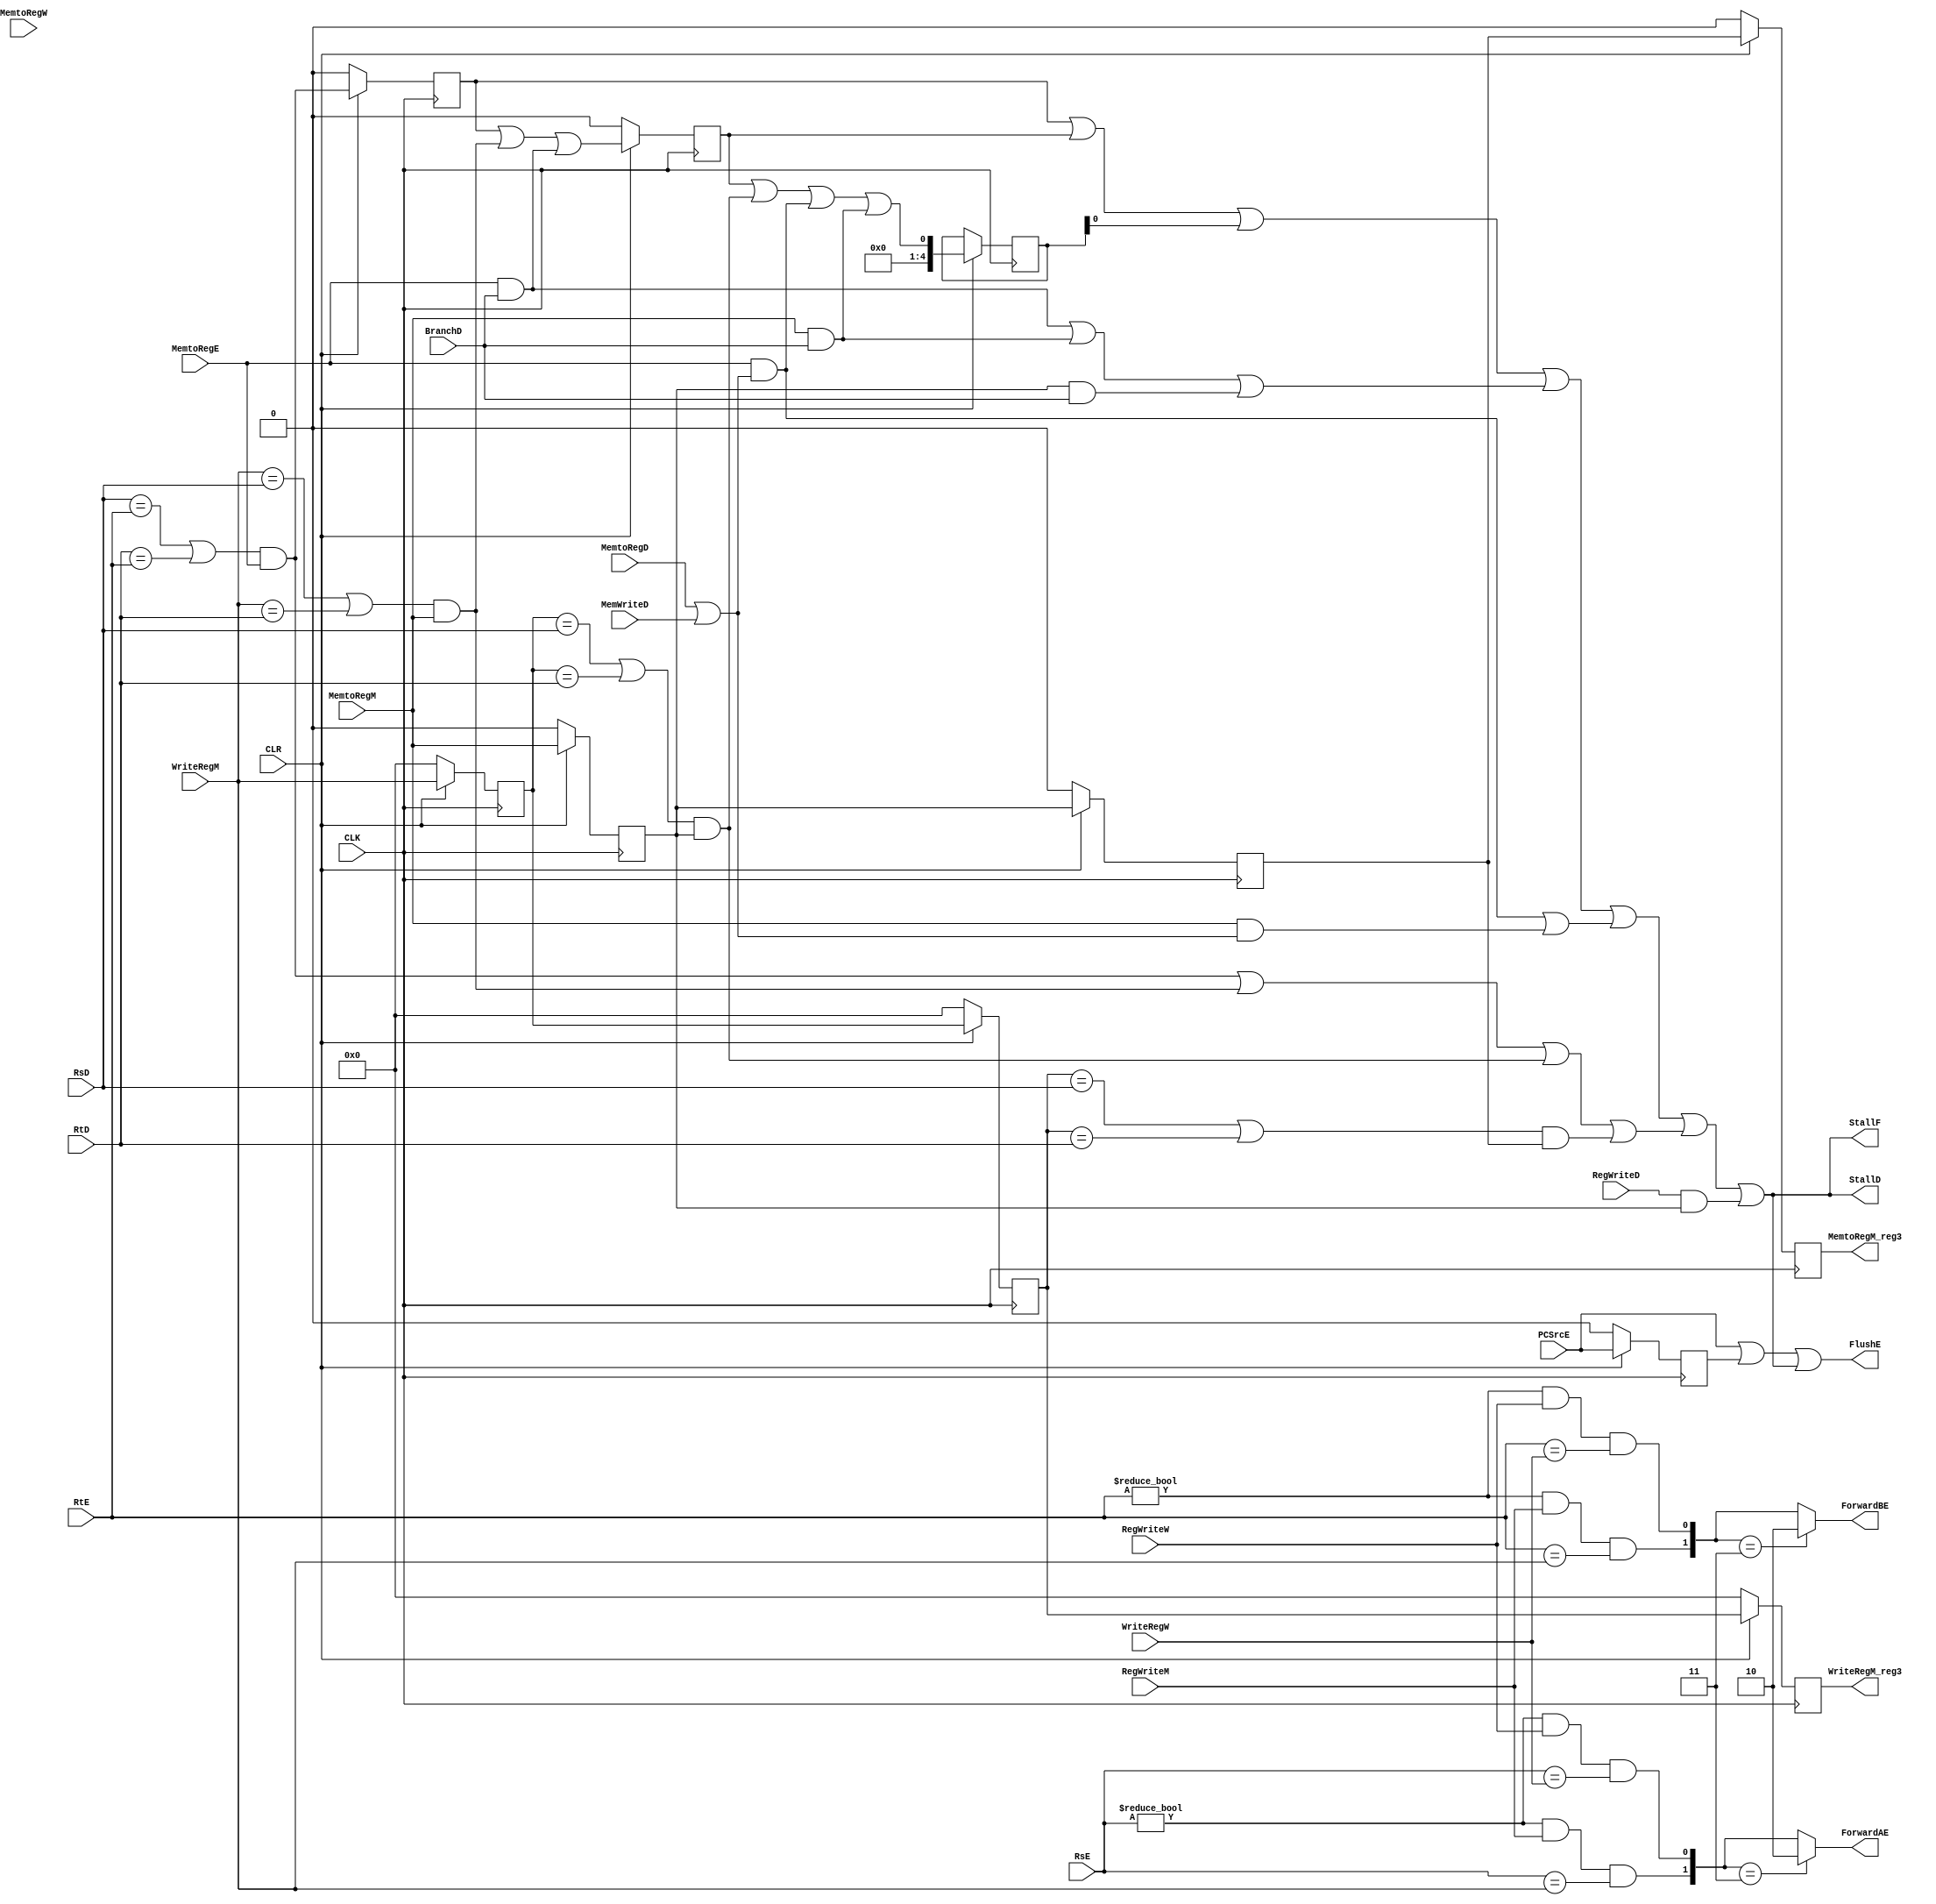
module Hazard_Unit(CLK,CLR,RsD,RtD,RsE,RtE,MemWriteD,BranchD,MemtoRegD,MemtoRegE,MemtoRegM,MemtoRegW,
                    RegWriteD,WriteRegM,RegWriteM,
                    RegWriteW,WriteRegW,PCSrcE,StallF,StallD,FlushE,ForwardAE,ForwardBE,
                    MemtoRegM_reg3,WriteRegM_reg3);

  input MemtoRegE,MemtoRegM,MemtoRegW,RegWriteM,RegWriteW,PCSrcE,CLK,CLR,RegWriteD,BranchD,MemtoRegD,MemWriteD;
  input [4:0] RsD,RtD,RsE,RtE,WriteRegM,WriteRegW;
  output StallF,StallD,FlushE;
  output reg MemtoRegM_reg3;
  output reg [4:0] WriteRegM_reg3;
  output [1:0] ForwardAE,ForwardBE;
  
  wire A1_forwardMtoE , A2_forwardMtoE , A1_forwardWtoE , A2_forwardWtoE , lwstall,lwstall_regs ,  lw_Br_stalls,
        lw_Br_stall1 , lw_Br_stall2 , lw_Br_stall3 , lw_MemOp_stalls , lw_MemOp_stall1  , lw_MemOp_stall2,
        lw_WBhazard_stall, lw_dependancy_stall1 , lw_dependancy_stall2 , lw_dependancy_stall3 , lw_dependancy_stall4
         , lw_dependancy_stalls;
  reg [4:0] WriteRegM_reg1,WriteRegM_reg2,lwstall_reg3;
  reg PCSrc_Reg,lwstall_reg1,lwstall_reg2,MemtoRegM_reg1,MemtoRegM_reg2;

  always@(posedge CLK)begin
    if( ~CLR ) begin
      PCSrc_Reg <= 1'b0;
      lwstall_reg1 <= 1'b0;
      lwstall_reg2 <= 1'b0;
      MemtoRegM_reg1 <= 1'b0;
      MemtoRegM_reg2 <= 1'b0;
      MemtoRegM_reg3 <= 1'b0;
      WriteRegM_reg1 <= 5'b0;
      WriteRegM_reg2 <= 5'b0;
      WriteRegM_reg3 <= 5'b0;
    end
    else begin
      PCSrc_Reg <= PCSrcE;
      lwstall_reg1 <= lw_dependancy_stall1;
      lwstall_reg2 <= lwstall_reg1 | lw_dependancy_stall2 | lw_Br_stall1;
      lwstall_reg3 <= lwstall_reg2 | lw_dependancy_stall3 | lw_MemOp_stall1 | lw_Br_stall2;
      MemtoRegM_reg1 <= MemtoRegM;
      MemtoRegM_reg2 <= MemtoRegM_reg1;
      MemtoRegM_reg3 <= MemtoRegM_reg2;
      WriteRegM_reg1 <= WriteRegM;
      WriteRegM_reg2 <= WriteRegM_reg1;
      WriteRegM_reg3 <= WriteRegM_reg2;
    end
  end
  /////////////////////////////////// Forwarding ////////////////////////////////////
  
  assign A1_forwardMtoE = ((RsE != 5'b0) & RegWriteM & (RsE == WriteRegM));
  assign A2_forwardMtoE = ((RtE != 5'b0) & RegWriteM & (RtE == WriteRegM));
  
  assign A1_forwardWtoE = (RsE != 5'b0) & RegWriteW & (RsE == WriteRegW);
  assign A2_forwardWtoE = (RtE != 5'b0) & RegWriteW & (RtE == WriteRegW);
  
  assign ForwardAE = ({A1_forwardMtoE,A1_forwardWtoE} == 2'b11)? 2'b10:{A1_forwardMtoE,A1_forwardWtoE};
  assign ForwardBE = ({A2_forwardMtoE,A2_forwardWtoE} == 2'b11)? 2'b10:{A2_forwardMtoE,A2_forwardWtoE};
  
  //////////////////////////////////// Stalling /////////////////////////////////////
  
  assign lw_dependancy_stall1 = ((RsD == RtE) | (RtD == RtE)) & MemtoRegE; // 1 stage distance - 4 stall
  assign lw_dependancy_stall2 = ((WriteRegM == RsD) | (WriteRegM == RtD)) & MemtoRegM; // 2 stage distance - 3 stall
  assign lw_dependancy_stall3 = ((WriteRegM_reg1 == RsD) | (WriteRegM_reg1 == RtD)) & MemtoRegM_reg1; // 2 stage distance + #1 clk memory - 2 stall
  assign lw_dependancy_stall4 = ((WriteRegM_reg2 == RsD) | (WriteRegM_reg2 == RtD)) & MemtoRegM_reg2; // 2 stage distance + #2 clk memory - 1 stall
  assign lw_dependancy_stalls = lw_dependancy_stall1 | lw_dependancy_stall2 | lw_dependancy_stall3 | lw_dependancy_stall4;
  
  assign lw_WBhazard_stall = RegWriteD & MemtoRegM_reg1;// 2 stage distance + #1 clk memory - 1 stall
  
  assign lw_MemOp_stall1 = MemtoRegE & ( MemtoRegD | MemWriteD );// 1 stage distance - 2 stall
  assign lw_MemOp_stall2 = MemtoRegM & ( MemtoRegD | MemWriteD );// 2 stage distance - 1 stall
  assign lw_MemOp_stalls = lw_MemOp_stall1 | lw_MemOp_stall2;
  
  assign lw_Br_stall1 = MemtoRegE & BranchD;// 1 stage distance - 3 stall
  assign lw_Br_stall2 = MemtoRegM & BranchD;// 2 stage distance - 2 stall
  assign lw_Br_stall3 = MemtoRegM_reg1 & BranchD;// 2 stage distance + #1 clk memory - 1 stall
  assign lw_Br_stalls = lw_Br_stall1 | lw_Br_stall2 | lw_Br_stall3;
  
  assign lwstall_regs = lwstall_reg1 | lwstall_reg2 | lwstall_reg3;
  
  assign lwstall = lwstall_regs | lw_Br_stalls | lw_MemOp_stalls | lw_dependancy_stalls | lw_WBhazard_stall;
  
  assign StallF = lwstall;
  assign StallD = lwstall;
  assign FlushE = PCSrcE | PCSrc_Reg | lwstall;
endmodule